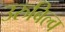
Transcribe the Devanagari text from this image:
उरुबिल्व